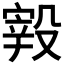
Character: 𣪮